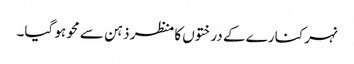
نہر کنارے کے درختوں کا منظر ذہن سے محو ہو گیا۔